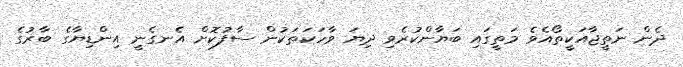
ދެން ނަތީޖާއަކީތޯއެވެ މަތީގައި ބަޔާންކުރެވި ދިޔަ ވާހަކަތަކުން ސާފުކޮށް އެނގެނީ އިންޑިޔާގެ ބާރުގެ